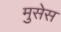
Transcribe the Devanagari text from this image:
मुसेस